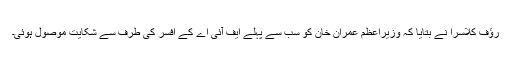
رﺅف کلاسرا نے بتایا کہ وزیراعظم عمران خان کو سب سے پہلے ایف آئی اے کے افسر کی طرف سے شکایت موصول ہوئی۔